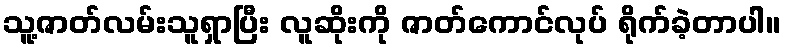
သူ့ဇာတ်လမ်းသူရှာပြီး လူဆိုးကို ဇာတ်ကောင်လုပ် ရိုက်ခဲ့တာပါ။